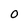
Character: 0